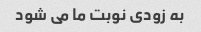
به زودی نوبت ما می شود